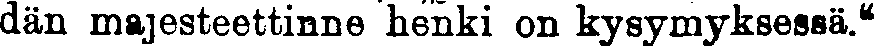
dän majesteettinne henki on kysymyksessä."